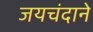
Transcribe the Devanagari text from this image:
जयचंदाने